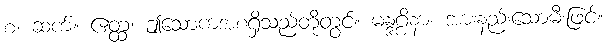
စ၊ ဆက်။ ဧတ္ထ၊ ဤသောကအစရှိသည်တို့တွင်။ မန္ဒဂ္ဂိနာ၊ အားနည်းသောမီးဖြင့်။